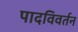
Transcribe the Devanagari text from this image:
पादविवर्तन